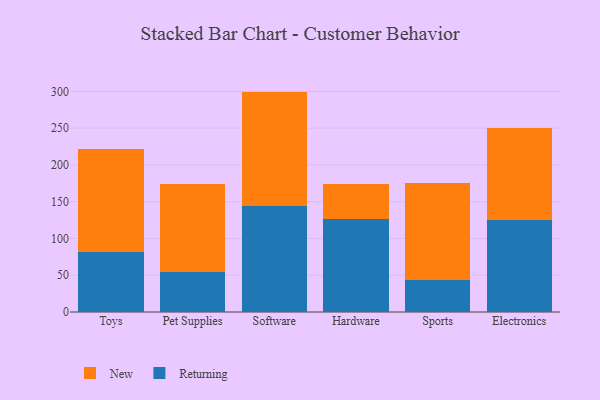
{"axis": {"x": "Category", "y": "Budget (USD K)"}, "legend": ["New", "Returning"], "data": [{"x": "Toys", "y": 81.7, "type": "Returning"}, {"x": "Toys", "y": 140.2, "type": "New"}, {"x": "Pet Supplies", "y": 54.5, "type": "Returning"}, {"x": "Pet Supplies", "y": 120.2, "type": "New"}, {"x": "Software", "y": 143.9, "type": "Returning"}, {"x": "Software", "y": 155.8, "type": "New"}, {"x": "Hardware", "y": 126.4, "type": "Returning"}, {"x": "Hardware", "y": 48.0, "type": "New"}, {"x": "Sports", "y": 44.0, "type": "Returning"}, {"x": "Sports", "y": 131.6, "type": "New"}, {"x": "Electronics", "y": 125.0, "type": "Returning"}, {"x": "Electronics", "y": 125.8, "type": "New"}]}